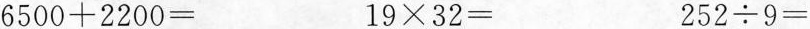
$$6 5 0 0 + 2 2 0 0 =$$ $$1 9 \times 3 2 =$$ $$2 5 2 /div 9 =$$